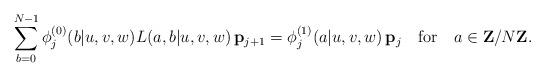
LaTeX: \begin{align*}\sum_{b=0}^{N-1}\phi_{j}^{(0)}(b|u,v,w)L(a,b|u,v,w)\, {\bf p}_{j+1} =\phi_{j}^{(1)}(a|u,v,w)\,{\bf p}_{j} \quad \mbox{for}\quad a\in{\bf Z}/N{\bf Z}. \end{align*}